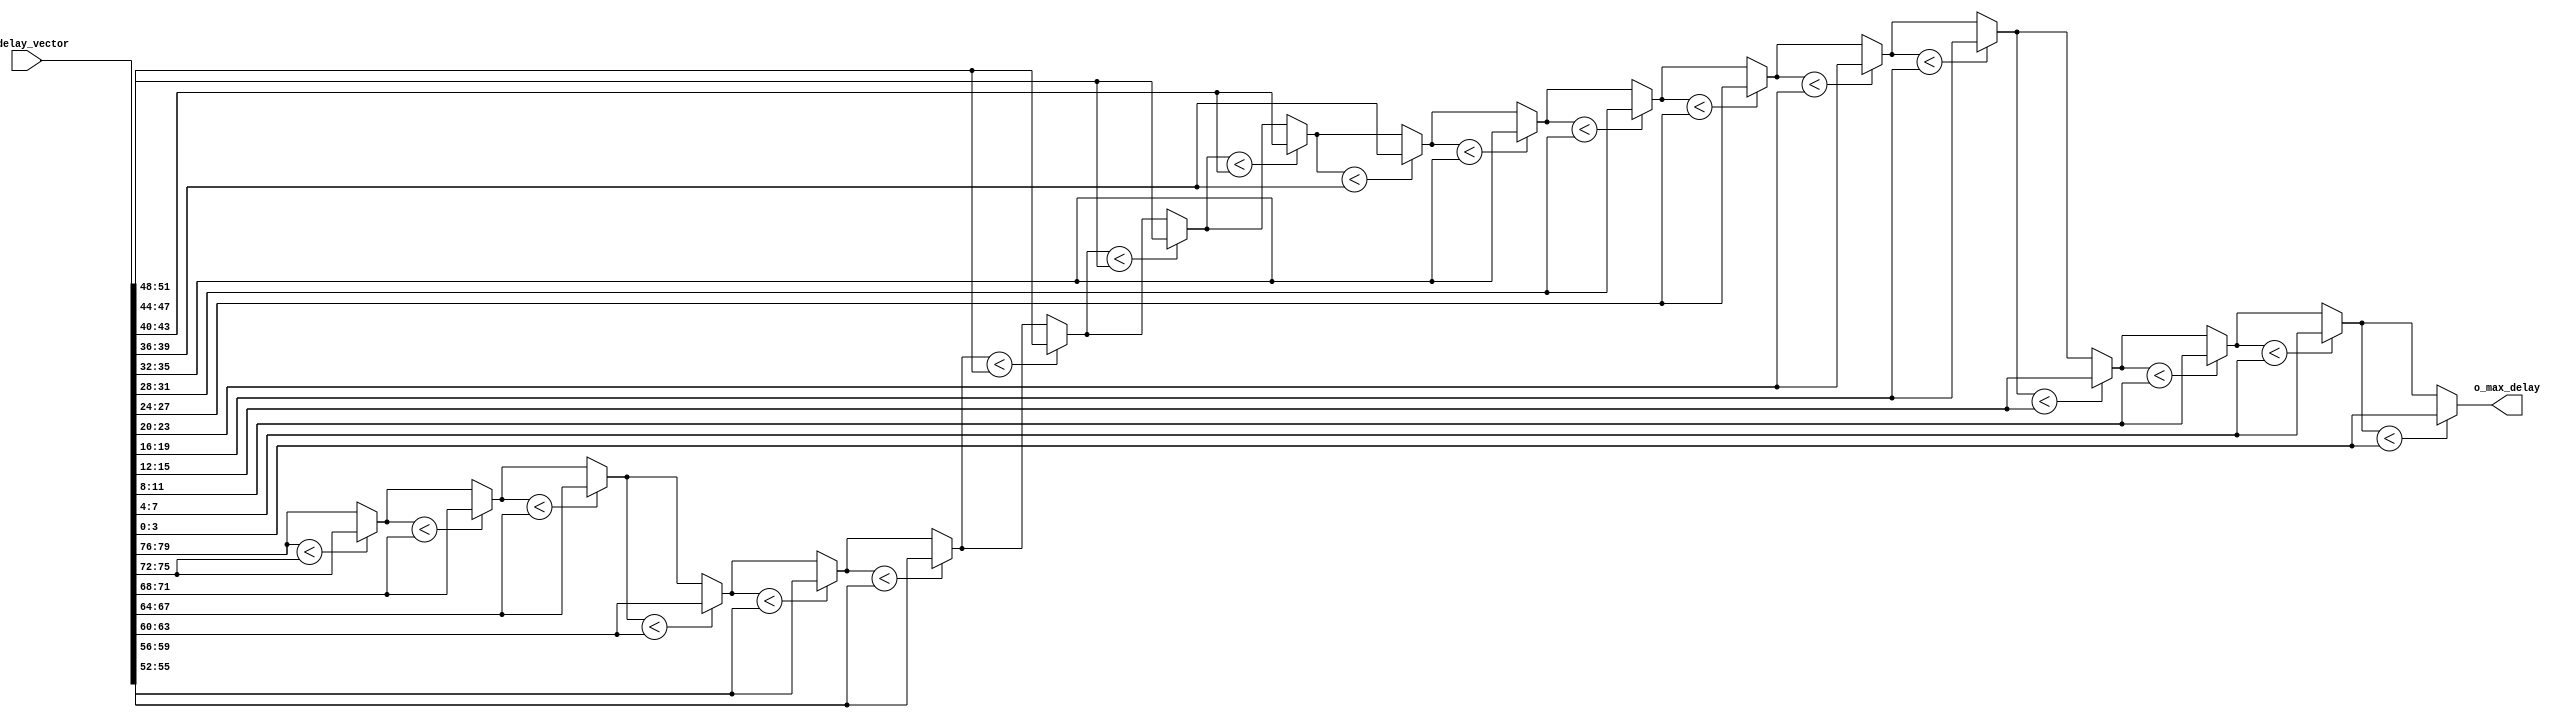
module max_finder
	#(
		parameter	MAX_SKEW 				= 15,
		parameter	N_LANES					= 20,
		parameter	NB_SKEW					= $clog2(MAX_SKEW),
		parameter	NB_DELAY_VECTOR			= N_LANES * NB_SKEW
	)
	(
		input wire	[NB_DELAY_VECTOR-1 : 0]	i_delay_vector,
		output wire	[NB_SKEW-1 : 0]			o_max_delay
	);

	integer 		i;

	reg 			[NB_SKEW-1 : 0]			max_delay;

	assign  		o_max_delay 			= max_delay;


	always @ *
	begin
		
		max_delay = i_delay_vector [NB_DELAY_VECTOR-1 -: NB_SKEW];

		for(i=N_LANES; i>0; i=i-1)
		begin
			
			if(max_delay < i_delay_vector [((i*NB_SKEW)-1) -: NB_SKEW])
			begin
				max_delay = i_delay_vector [((i*NB_SKEW)-1) -: NB_SKEW];
			end

		end

	end 

endmodule